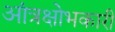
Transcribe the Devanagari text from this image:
आंत्रक्षोभकारी